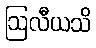
ဩလီယသိ